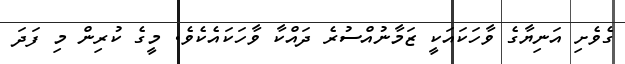
ގެވެށި އަނިޔާގެ ވާހަކައަކީ ޒަމާނުއްސުރެ ދައްކާ ވާހަކައެކެވެ. މީގެ ކުރިން މި ފަދަ